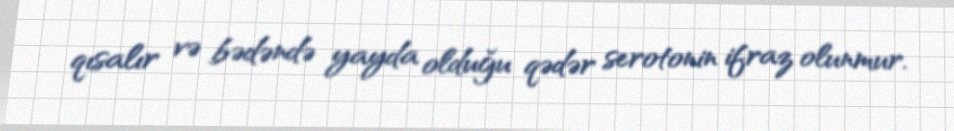
qısalır və bədəndə yayda olduğu qədər serotonin ifraz olunmur.